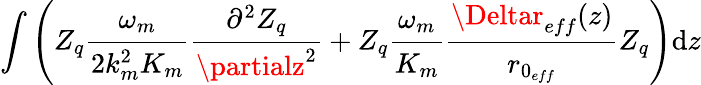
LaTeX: \int\left(Z_{q}\cfrac{\omega_{m}}{2k_{m}^{2}K_{m}}\cfrac{\partial^{2}Z_{q}}{\partialz^{2}}+Z_{q}\cfrac{\omega_{m}}{K_{m}}\cfrac{\Deltar_{eff}(z)}{r_{0_{eff}}}Z_{q}\right)\mathrm{d}z